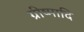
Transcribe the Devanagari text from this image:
ग्रीष्मादि